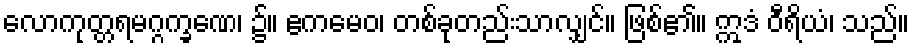
လောကုတ္တရမဂ္ဂက္ခဏေ၊ ၌။ ဧကမေဝ၊ တစ်ခုတည်းသာလျှင်။ ဖြစ်၏။ ဣဒံ ဝီရိယံ၊ သည်။